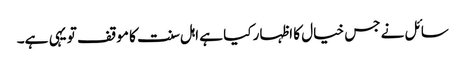
سائل نے جس خیال کا اظہار کیا ہے اہل سنت کا موقف تو یہی ہے۔